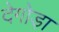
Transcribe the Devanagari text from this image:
देगोड़ा